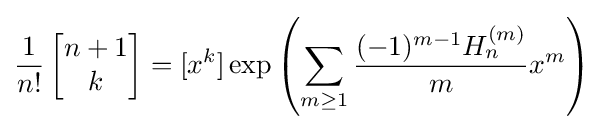
{\frac {1}{n!}}\left[{\begin{matrix}n+1\\k\end{matrix}}\right]=[x^{k}]\exp \left(\sum _{m\geq 1}{\frac {(-1)^{m-1}H_{n}^{(m)}}{m}}x^{m}\right)